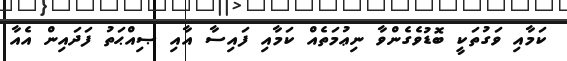
ކަމާއި ވަގުތަކީ ބޮޑުވެގެންވާ ނިޢުމަތެއް ކަމާއި ފައިސާ އާއި ޞިއްޙަތު ފަދައިން އެއާ